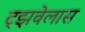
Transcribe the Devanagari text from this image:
ट्झवेलास